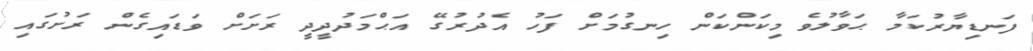
ފަނޑިޔާރުކަމާ ޙަވާލުވެ މިކަންކަން ހިނގުމަށް ފަހު އެދުރުގޭ އަޙްމަދުދީދީ ރަށަށް ވަޑައިގެން ރަށުގައި